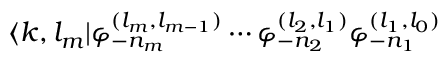
\langle k , l _ { m } | \varphi _ { - n _ { m } } ^ { ( l _ { m } , l _ { m - 1 } ) } \cdots \varphi _ { - n _ { 2 } } ^ { ( l _ { 2 } , l _ { 1 } ) } \varphi _ { - n _ { 1 } } ^ { ( l _ { 1 } , l _ { 0 } ) }